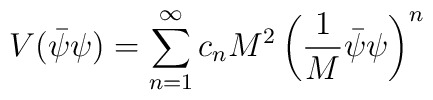
V(\bar\psi\psi)=\sum_{n=1}^{\infty}c_n M^2 \left( \frac{1}{M}\bar\psi\psi\right)^n